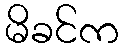
မိခင်က